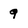
Character: 9